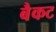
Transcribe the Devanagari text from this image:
बैकट